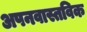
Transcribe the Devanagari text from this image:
अपनवास्तविक